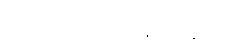
ပို ထည့်ပေးမယ်ဆို။